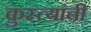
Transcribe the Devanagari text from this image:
कुस्त्यांची